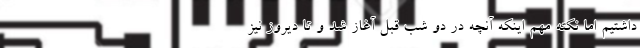
داشتیم اما نکته مهم اینکه آنچه در دو شب قبل آغاز شد و تا دیروز نیز